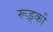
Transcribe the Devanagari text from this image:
रूड़्की